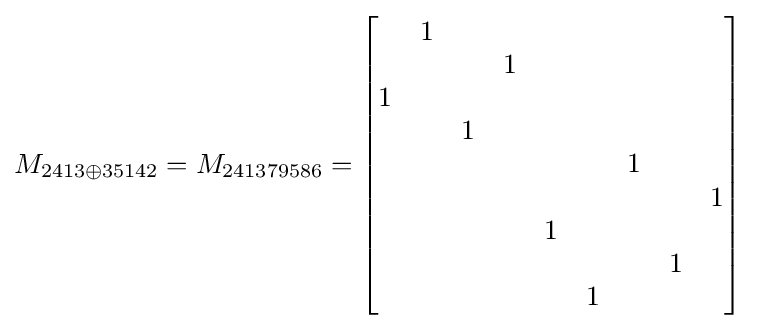
M_{2413\oplus 35142}=M_{241379586}={\begin{bmatrix}&1&&&&&&&\\&&&1&&&&&\\1&&&&&&&&\\&&1&&&&&&\\&&&&&&1&&\\&&&&&&&&1\\&&&&1&&&&\\&&&&&&&1&\\&&&&&1&&&\end{bmatrix}}